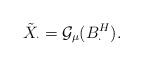
LaTeX: \begin{align*}\tilde{X}_\cdot=\mathcal{G}_\mu(B_\cdot^H).\end{align*}